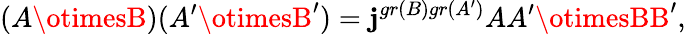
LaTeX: (A\otimesB)(A^{\prime}\otimesB^{\prime})=\mathbf{j}^{gr(B)gr(A^{\prime})}AA^{\prime}\otimesBB^{\prime},